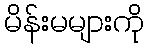
မိန်းမများကို